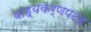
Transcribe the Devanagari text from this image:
बाह्यकर्णपटह